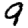
Digit: 9